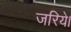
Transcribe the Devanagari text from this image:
जरिये।